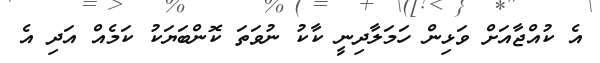
އެ ކުއްޖާއަށް ވަޅިން ހަމަލާދިނީ ކާކު ނުވަތަ ކޮންބަޔަކު ކަމެއް އަދި އެ